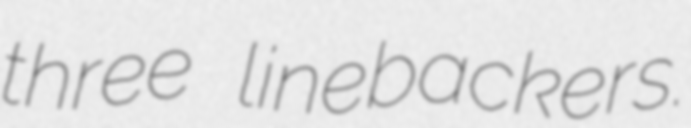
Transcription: three linebackers.